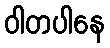
ဝါတပါနေ